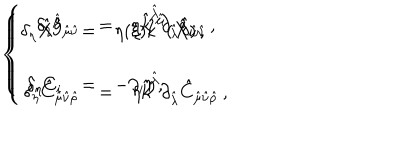
LaTeX: \left\{ \begin{array} { r c l } { { \delta _ { \eta } \hat { X } ^ { \hat { \mu } } } } & { { = } } & { { \eta ( \xi ) \hat { k } ^ { \hat { \mu } } ( \hat { X } ) \, , } } \\ { { } } & { { } } & { { } } \\ { { \delta _ { \eta } C _ { i } } } & { { = } } & { { - \partial _ { i } \eta \, , } } \\ \end{array} \right. \hspace { 1 . 5 c m } \left\{ \begin{array} { r c l } { { \delta _ { \eta } \hat { g } _ { \hat { \mu } \hat { \nu } } } } & { { = } } & { { \eta \hat { k } ^ { \hat { \lambda } } \partial _ { \hat { \lambda } } \hat { g } _ { \hat { \mu } \hat { \nu } } \, , } } \\ { { } } & { { } } & { { } } \\ { { \delta _ { \eta } \hat { C } _ { \hat { \mu } \hat { \nu } \hat { \rho } } } } & { { = } } & { { \eta \hat { k } ^ { \hat { \lambda } } \partial _ { \hat { \lambda } } \hat { C } _ { \hat { \mu } \hat { \nu } \hat { \rho } } \, , } } \\ \end{array} \right.